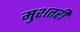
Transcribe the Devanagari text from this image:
मुशतरी